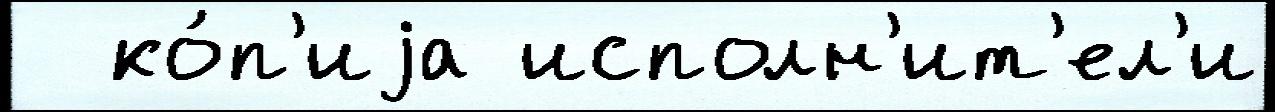
  ко́п'иjа исполн'ит'ел'и